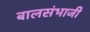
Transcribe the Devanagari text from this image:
बालसंभाजी